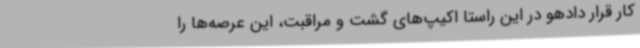
کار قرار دادهو در این راستا اکیپ‌های گشت و مراقبت، این عرصه‌ها را